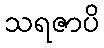
သရဇာပိ